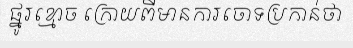
ផ្នូរខ្មោច ក្រោយពីមានការចោទប្រកាន់ថា